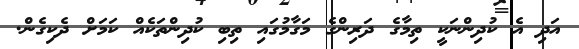
އަދި އެ ކުދިންނަކީ ތިމާގެ ދަރިންގެ މަގާމުގައި ތިބި ކުދިންތަކެއް ކަމަށް ދެކިގެން.